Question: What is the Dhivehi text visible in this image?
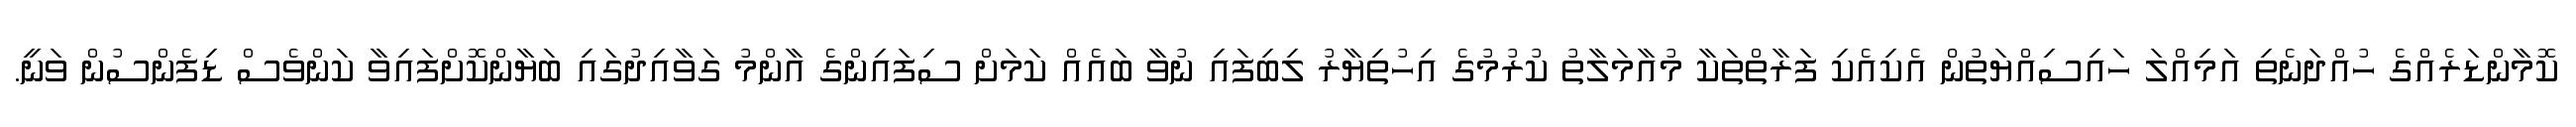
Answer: ކޮމާންޑަރެއްގެ ހުއްދަނެތި އަމިއްލަ ހައިސިއްޔަތުން އެކިއެކި ފަރާތްތަކާ މުއާމަލާތު ކުރުމުގެ އިހުތިޔާރު ލިބިފައި ނުވާ ބައެއް ކަމަށް ސިފައިންގެ އާންމު ގަވާއިދުގައި ބަޔާންކޮށްފައިވާ ކަންވެސް ޑިފެންސުން ވަނީ.